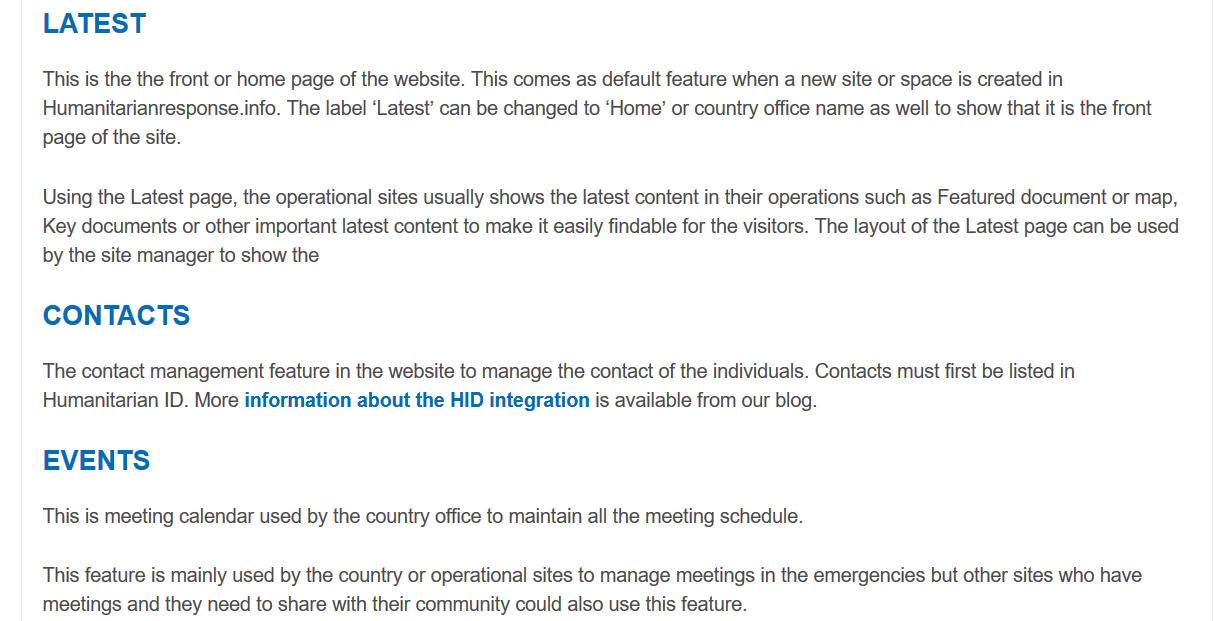
This is the the front or home page of the website. This comes as default feature when a new site or space is created in
     Humanitarianresponse.info. The label ‘Latest’ can be changed to ‘Home’ or country office name as well to show that it is the front
     page of the site.
     Using the Latest page, the operational sites usually shows the latest content in their operations such as Featured document or map,
     Key documents or other important latest content to make it easily findable for the visitors. The layout of the Latest page can be used
     by the site manager to show the
     CONTACTS
     The contact management feature in the website to manage the contact of the individuals. Contacts must first be listed in
     Humanitarian ID. More information about the HID integration is available from our blog.
     This feature is mainly used by the country or operational sites to manage meetings in the emergencies but other sites who have
     meetings and they need to share with their community could also use this feature.
     This is meeting calendar used by the country office to maintain all the meeting schedule.
     EVENTS
     LATEST